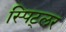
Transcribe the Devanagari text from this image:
स्पिट्लर